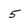
Character: 5